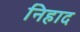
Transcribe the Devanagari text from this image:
निहाद